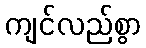
ကျင်လည်စွာ